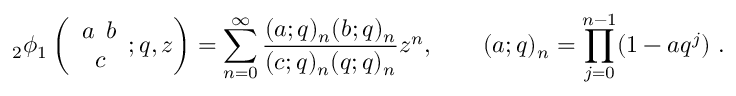
{ } _ { 2 } \phi _ { 1 } \left( \begin{array} { l } { { a \phantom { c } b } } \\ { { \phantom { a } c \phantom { b } } } \end{array} ; q , z \right) = \sum _ { n = 0 } ^ { \infty } \frac { ( a ; q ) _ { n } ( b ; q ) _ { n } } { ( c ; q ) _ { n } ( q ; q ) _ { n } } z ^ { n } , \qquad ( a ; q ) _ { n } = \prod _ { j = 0 } ^ { n - 1 } ( 1 - a q ^ { j } ) ~ .